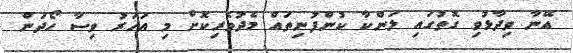
އޭނާ ވިދާޅުވި ގޮތުގައި ލަންކާ ކުންފުނިތައް މެދުވެރިކޮށް މި އަހަރު ވިސާ ހޯދަން